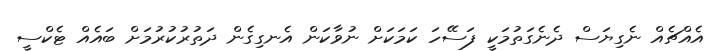
އެއްޗެއް ނެގިޔަސް ދެނެގަތުމަކީ ފަސޭހަ ކަމަކަށް ނުވާކަން އެނގިގެން ދަތުރުކުރުމަށް ބައެއް ޓެކްސީ